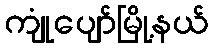
ကျုံပျော်မြို့နယ်